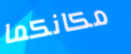
مكانكما